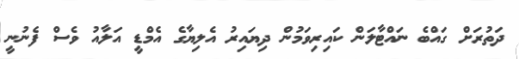
ދަތުރަށް ގައްބެ ނައްޓާލަން ކައިރިވަމުން ދިޔައިރު އެލިޔާގެ އެމްޑީ އަލާއު ވެސް ފެނުނީ